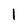
Character: 1